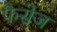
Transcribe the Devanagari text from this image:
फैसेज